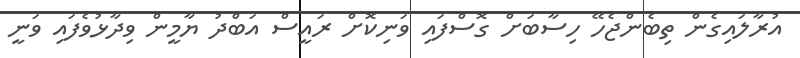
އުރާލައިގެން ތިބެންޖެހޭ ހިސާބަށް ގޮސްފައި ވަނިކޮށް ރައީސް އަބްދު ޔާމީން ވިދާޅުވެފައި ވަނީ